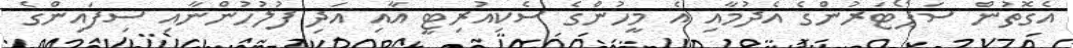
އެގޮތުން ސަޕޯޓަރުންގެ އެދުމާއި އެ މީހުންގެ ސެކިއުރިޓީ އާއި އަދި ފުލުހުންނާއި ސިފައިންގެ